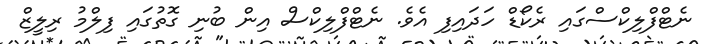
ނެޓްފްލިކްސްގައި ރެކޯޑް ހަދައިފި އެވެ. ނެޓްފްލިކްސް އިން ބުނި ގޮތުގައި ފިލްމު ރިލީޒް